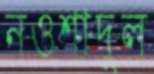
নওশাদুল